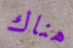
هناك